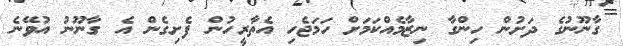
ގާނޫނުގެ ދަށުން ހިންގާ ނިޒާމެއްކަމަށް ހަމަޖެހި އެތާރީހުން ފެށިގެން އެ ގާނޫނު އުވޭނެ